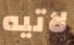
لاتيه